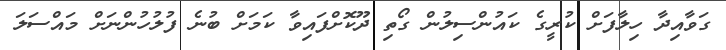
ގަވާއިދާ ހިލާފަށް ކުރީގެ ކައުންސިލުން ގޯތި ދޫކޮށްފައިވާ ކަމަށް ބުނެ ފުުުލުހުންނަށް މައްސަލަ